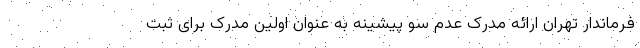
فرماندار تهران ارائه مدرک عدم سو پیشینه به عنوان اولین مدرک برای ثبت